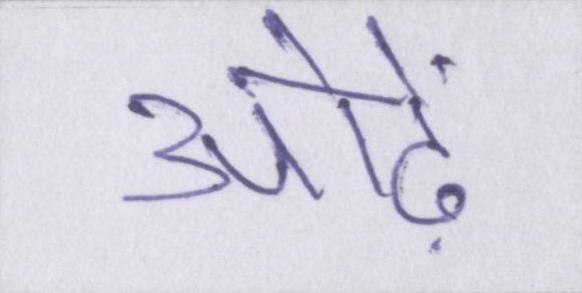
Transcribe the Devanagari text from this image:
ओढ़ें